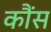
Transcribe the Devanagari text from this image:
कौंस